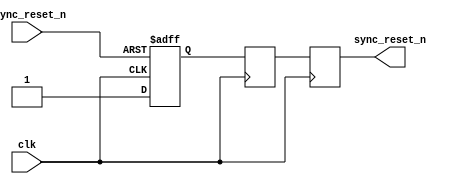
module async_reset_synchronizer (
    input wire clk,                // Clock input
    input wire async_reset_n,      // Asynchronous active-low reset input
    output reg sync_reset_n        // Synchronized active-low reset output
);

// Internal signals for flip-flop outputs
reg ff1_reset_n;
reg ff2_reset_n;

// First flip-flop: captures the asynchronous reset signal
always @(posedge clk or negedge async_reset_n) begin
    if (!async_reset_n) begin
        ff1_reset_n <= 1'b0; // Reset the first flip-flop
    end else begin
        ff1_reset_n <= 1'b1; // Set the first flip-flop
    end
end

// Second flip-flop: synchronizes the reset signal to the clock domain
always @(posedge clk) begin
    ff2_reset_n <= ff1_reset_n; // Transfer the signal to the second flip-flop
end

// Output: The synchronized reset signal
always @(posedge clk) begin
    sync_reset_n <= ff2_reset_n; // Output the synchronized reset
end

endmodule